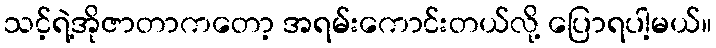
သင့်ရဲ့အိုဇာတာကတော့ အရမ်းကောင်းတယ်လို့ ပြောရပါ့မယ်။